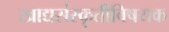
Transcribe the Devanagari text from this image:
खाद्यसंस्कृतीविषयक